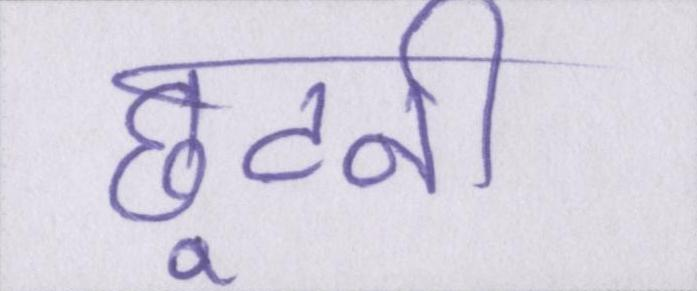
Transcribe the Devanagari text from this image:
छूटनी